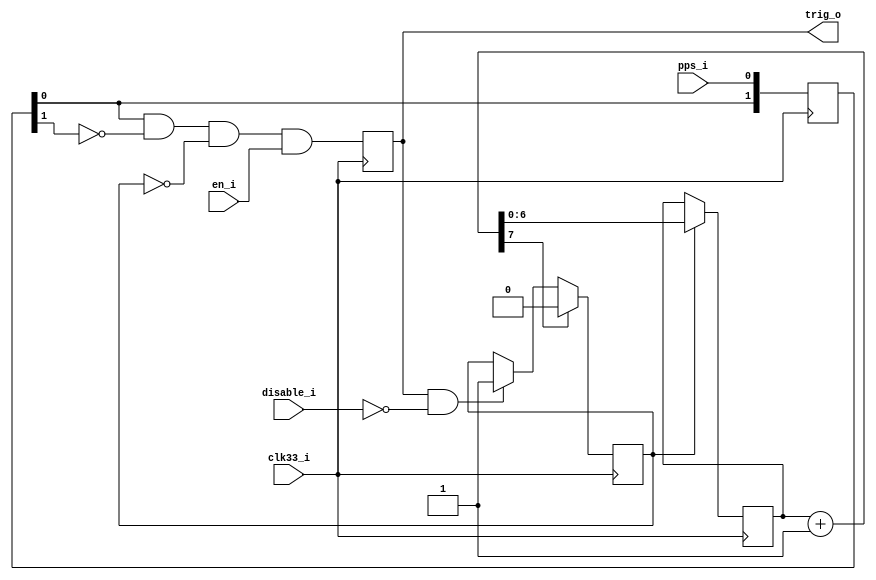
`timescale 1ns / 1ps
////////////////////////////////////////////////////////////////////////////////
// This file is a part of the Antarctic Impulsive Transient Antenna (ANITA)
// project, a collaborative scientific effort between multiple institutions. For
// more information, contact Peter Gorham (gorham@phys.hawaii.edu).
//
// All rights reserved.
//
// Author:
// Author:
////////////////////////////////////////////////////////////////////////////////
module ANITA3_pps_trigger(
		input clk33_i,
		input pps_i,
		input disable_i,
		input en_i,
		output trig_o
    );

	reg holdoff = 0;
	reg [6:0] holdoff_counter = {7{1'b0}};
	wire [7:0] holdoff_counter_plus_one = holdoff_counter + 1;
	reg [1:0] pps_reg_i = {2{1'b0}};
	reg trigger = 0;
	always @(posedge clk33_i) begin
		pps_reg_i <= {pps_reg_i[0], pps_i};
		trigger <= pps_reg_i[0] && !pps_reg_i[1] && !holdoff && en_i;
		if (holdoff_counter_plus_one[7]) holdoff <= 0;
		else if (trigger && !disable_i) holdoff <= 1;
		if (holdoff) holdoff_counter <= holdoff_counter_plus_one;
	end
	
	assign trig_o = trigger;
endmodule